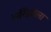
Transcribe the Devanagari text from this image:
लॉरेंझोला